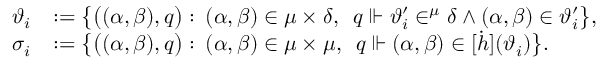
\begin{array} { r l } { \vartheta _ { i } } & { : = \big \{ \big ( ( \alpha , \beta ) , q \big ) : \: ( \alpha , \beta ) \in \mu \times \delta , \ \, q \ensuremath { \Vdash } \vartheta _ { i } ^ { \prime } \in ^ { \mu } \delta \land ( \alpha , \beta ) \in \vartheta _ { i } ^ { \prime } \big \} , } \\ { \sigma _ { i } } & { : = \big \{ \big ( ( \alpha , \beta ) , q \big ) : \: ( \alpha , \beta ) \in \mu \times \mu , \ \, q \ensuremath { \Vdash } ( \alpha , \beta ) \in [ \dot { h } ] ( \vartheta _ { i } ) \big \} . } \end{array}